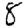
Digit: 8